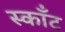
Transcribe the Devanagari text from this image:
स्काँट